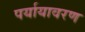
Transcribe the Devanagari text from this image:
पर्यायावरण